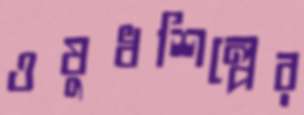
ওষুধশিল্পের